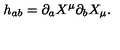
h _ { a b } = \partial _ { a } X ^ { \mu } \partial _ { b } X _ { \mu } .